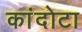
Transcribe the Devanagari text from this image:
कांदोटा